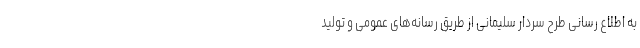
به اطلاع رسانی طرح سردار سلیمانی از طریق رسانه‌های عمومی و تولید